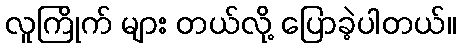
လူကြိုက် များ တယ်လို့ ပြောခဲ့ပါတယ်။